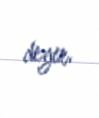
deyir.